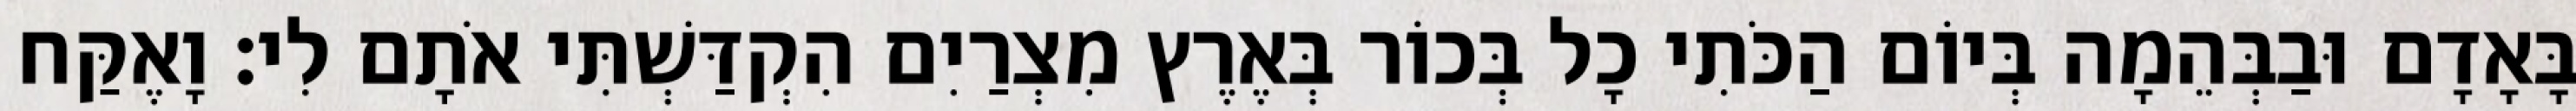
בָּאָדָם וּבַבְּהֵמָה בְּיוֹם הַכֹּתִי כָל בְּכוֹר בְּאֶרֶץ מִצְרַיִם הִקְדַּשְׁתִּי אֹתָם לִי׃ וָאֶקַּח